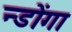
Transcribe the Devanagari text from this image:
न्डोंगा